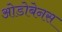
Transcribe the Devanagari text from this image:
ओडोबेनस